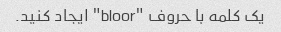
یک کلمه با حروف "bloor" ایجاد کنید.